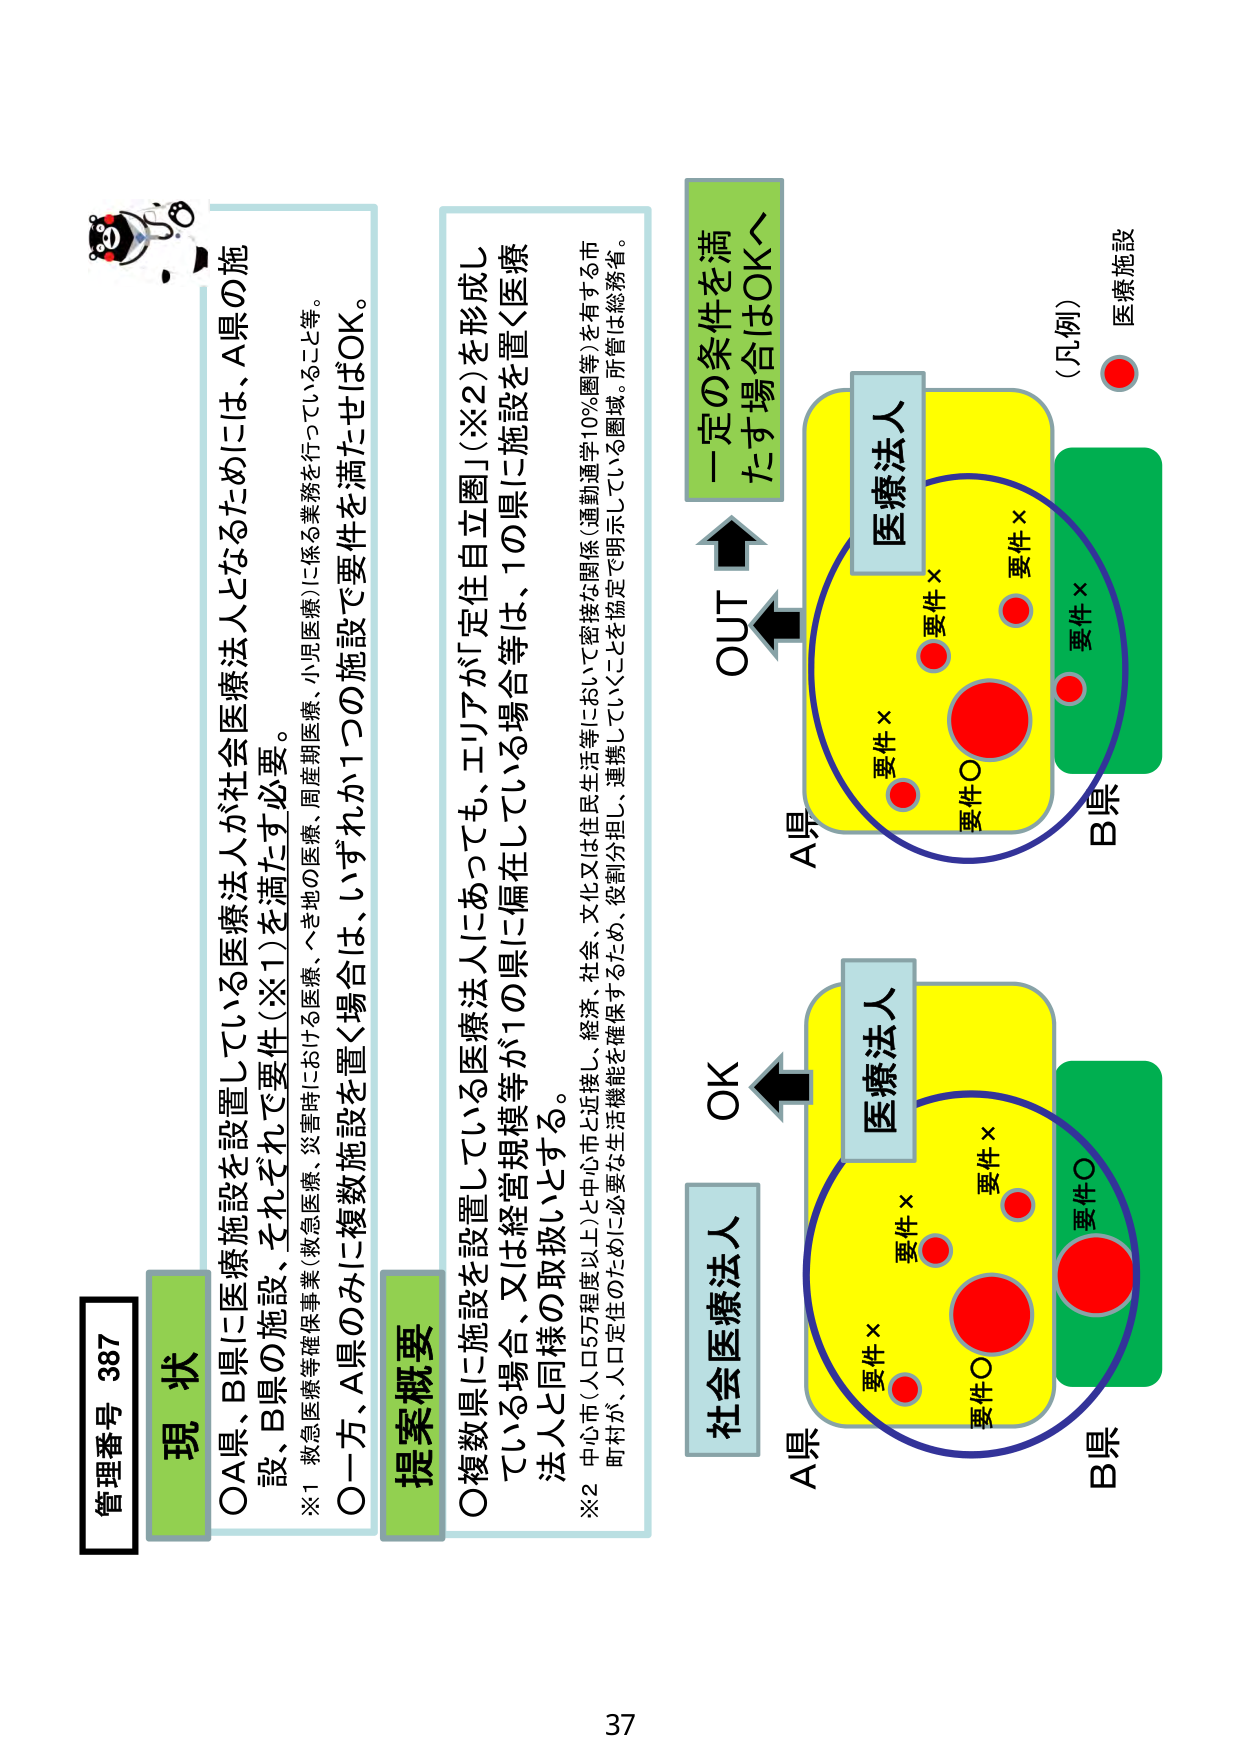
管理番号 387
現 状
○A県、B県に医療施設を設置している医療法人が社会医療法人となるためには、A県の施設、B県の施設、それぞれで要件（※1）を満たす必要。
※1 救急医療等確保事業、救急医療、災害時における医療、へき地の医療、周産期医療、小児医療）に係る業務を行っていること等。
○一方、A県のみに複数施設を置く場合は、いずれか1つの施設で要件を満たせばOK。

提案概要
○複数県に施設を設置している医療法人にあっても、エリアが「定住自立圏」（※2）を形成している場合、又は経営規模等が1の県に偏在している場合等は、1の県に施設を置く医療法人と同様の取扱いとする。
※2 中心市（人口5万程度以上）と中心市と近接し、経済、社会、文化又は住民生活等において密接な関係（通勤通学10％圏等）を有する市町村が、人口定住のために必要な生活機能を確保するため、役割分担、連携していくことを協定で明示している圏域。所管は総務省。

一定の条件を満たす場合はOK～
OUT
医療法人
（凡例）
医療施設
要件×
要件×
要件×
要件○
要件×
要件○
A県
B県
OK
社会医療法人
医療法人
要件×
要件×
要件×
要件○
要件○
A県
B県
37